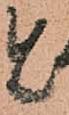
と